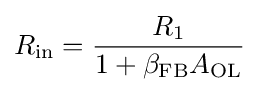
R_{\mathrm {in} }={\frac {R_{1}}{1+{\beta }_{\mathrm {FB} }A_{\mathrm {OL} }}}\